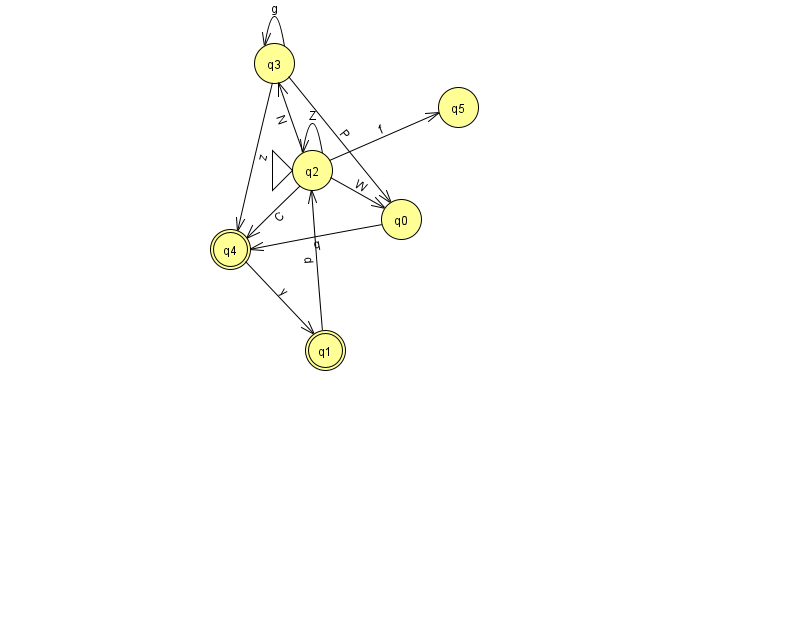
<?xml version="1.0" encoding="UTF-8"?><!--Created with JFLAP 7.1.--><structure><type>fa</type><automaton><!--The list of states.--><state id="0" name="q0"><x>401.0</x><y>206.0</y></state><state id="1" name="q1"><x>325.0</x><y>337.0</y><final/></state><state id="2" name="q2"><x>312.0</x><y>157.0</y><initial/></state><state id="3" name="q3"><x>274.0</x><y>50.0</y></state><state id="4" name="q4"><x>230.0</x><y>236.0</y><final/></state><state id="5" name="q5"><x>458.0</x><y>94.0</y></state><!--The list of transitions.--><transition><from>2</from><to>4</to><read>C</read></transition><transition><from>3</from><to>4</to><read>z</read></transition><transition><from>0</from><to>4</to><read>q</read></transition><transition><from>1</from><to>2</to><read>d</read></transition><transition><from>2</from><to>3</to><read>N</read></transition><transition><from>2</from><to>0</to><read>W</read></transition><transition><from>3</from><to>3</to><read>g</read></transition><transition><from>2</from><to>5</to><read>f</read></transition><transition><from>2</from><to>2</to><read>Z</read></transition><transition><from>3</from><to>0</to><read>P</read></transition><transition><from>4</from><to>1</to><read>y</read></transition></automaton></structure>